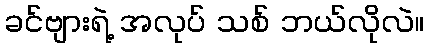
ခင်ဗျားရဲ့ အလုပ် သစ် ဘယ်လိုလဲ။